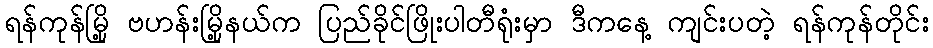
ရန်ကုန်မြို့ ဗဟန်းမြို့နယ်က ပြည်ခိုင်ဖြိုးပါတီရုံးမှာ ဒီကနေ့ ကျင်းပတဲ့ ရန်ကုန်တိုင်း